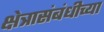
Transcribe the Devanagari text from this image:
क्षेत्रासंबंधीच्या